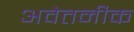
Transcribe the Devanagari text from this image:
अवेतनीक